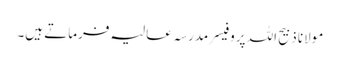
مولانا ذبیح اللہ پروفیسر مدرسہ عالیہ فرماتے ہیں۔